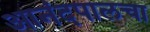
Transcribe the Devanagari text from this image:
आनंदपालचा